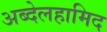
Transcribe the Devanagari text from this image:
अब्देलहामिद